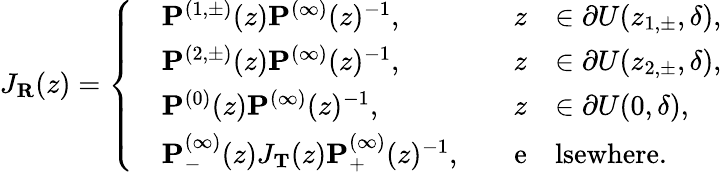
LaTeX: J_{\mathbf{R}}(z)=\left\{ \begin{array}{rlrl}&{\mathbf{P}^{(1,\pm)}(z)\mathbf{P}^{(\infty)}(z)^{-1},\quad}&{z}&{\in\partial U(z_{1,\pm},\delta),}\\ &{\mathbf{P}^{(2,\pm)}(z)\mathbf{P}^{(\infty)}(z)^{-1},\quad}&{z}&{\in\partial U(z_{2,\pm},\delta),}\\ &{\mathbf{P}^{(0)}(z)\mathbf{P}^{(\infty)}(z)^{-1},\quad}&{z}&{\in\partial U(0,\delta),}\\ &{\mathbf{P}_{-}^{(\infty)}(z)J_{\mathbf{T}}(z)\mathbf{P}_{+}^{(\infty)}(z)^{-1},\quad}&{\mathrm{e}}&{\mathrm{lsewhere}.}\end{array}\right.